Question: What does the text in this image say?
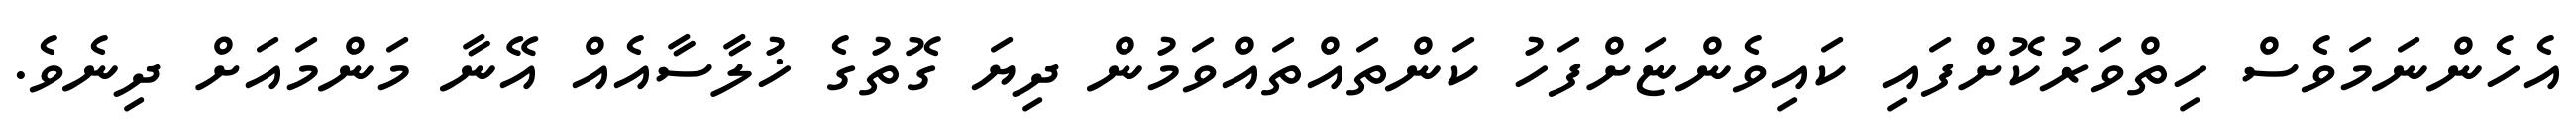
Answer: އެހެންނަމަވެސް ހިތްވަރުކޮށްފައި ކައިވެންޏަށްފަހު ކަންތައްތައްވަމުން ދިޔަ ގޮތުގެ ޚުލާސާއެއް އޭނާ މަންމައަށް ދިނެވެ.